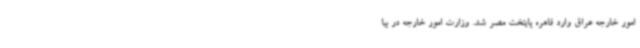
امور خارجه عراق وارد قاهره پایتخت مصر شد. وزارت امور خارجه در بیا